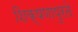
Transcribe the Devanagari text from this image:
शिक्षणापुरते